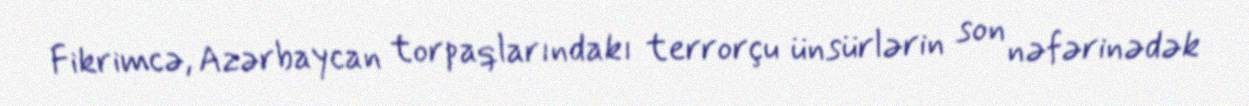
Fikrimcə, Azərbaycan torpaqlarındakı terrorçu ünsürlərin son nəfərinədək